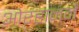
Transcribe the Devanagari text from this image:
ओऱ्हानने